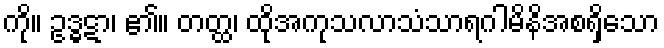
ကို။ ဥဒ္ဓဋာ၊ ၏။ တတ္ထ၊ ထိုအကုသလာသံသာရဂါမိနိအစရှိသော